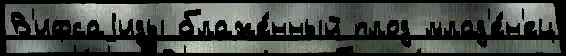
В'ифсаjиды блаже́нный плод млад'е́н'ец